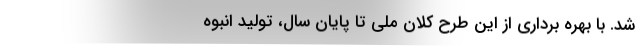
شد. با بهره برداری از این طرح کلان ملی تا پایان سال، تولید انبوه